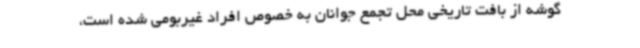
گوشه از بافت تاریخی محل تجمع جوانان به خصوص افراد غیربومی شده است،